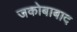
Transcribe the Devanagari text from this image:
जकोबाबाद